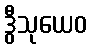
ဒွီသုယေဝ